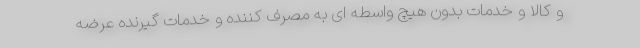
و کالا و خدمات بدون هیچ واسطه ای به مصرف کننده و خدمات گیرنده عرضه